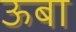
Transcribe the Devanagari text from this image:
ऊबा